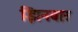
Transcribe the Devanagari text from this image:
झिनबार